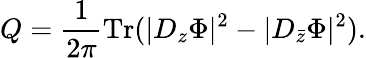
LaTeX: Q=\frac{1}{2\pi}\mathrm{Tr}(|D_{z}\Phi|^{2}-|D_{\bar{z}}\Phi|^{2}).